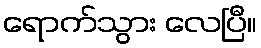
ရောက်သွား လေပြီ။